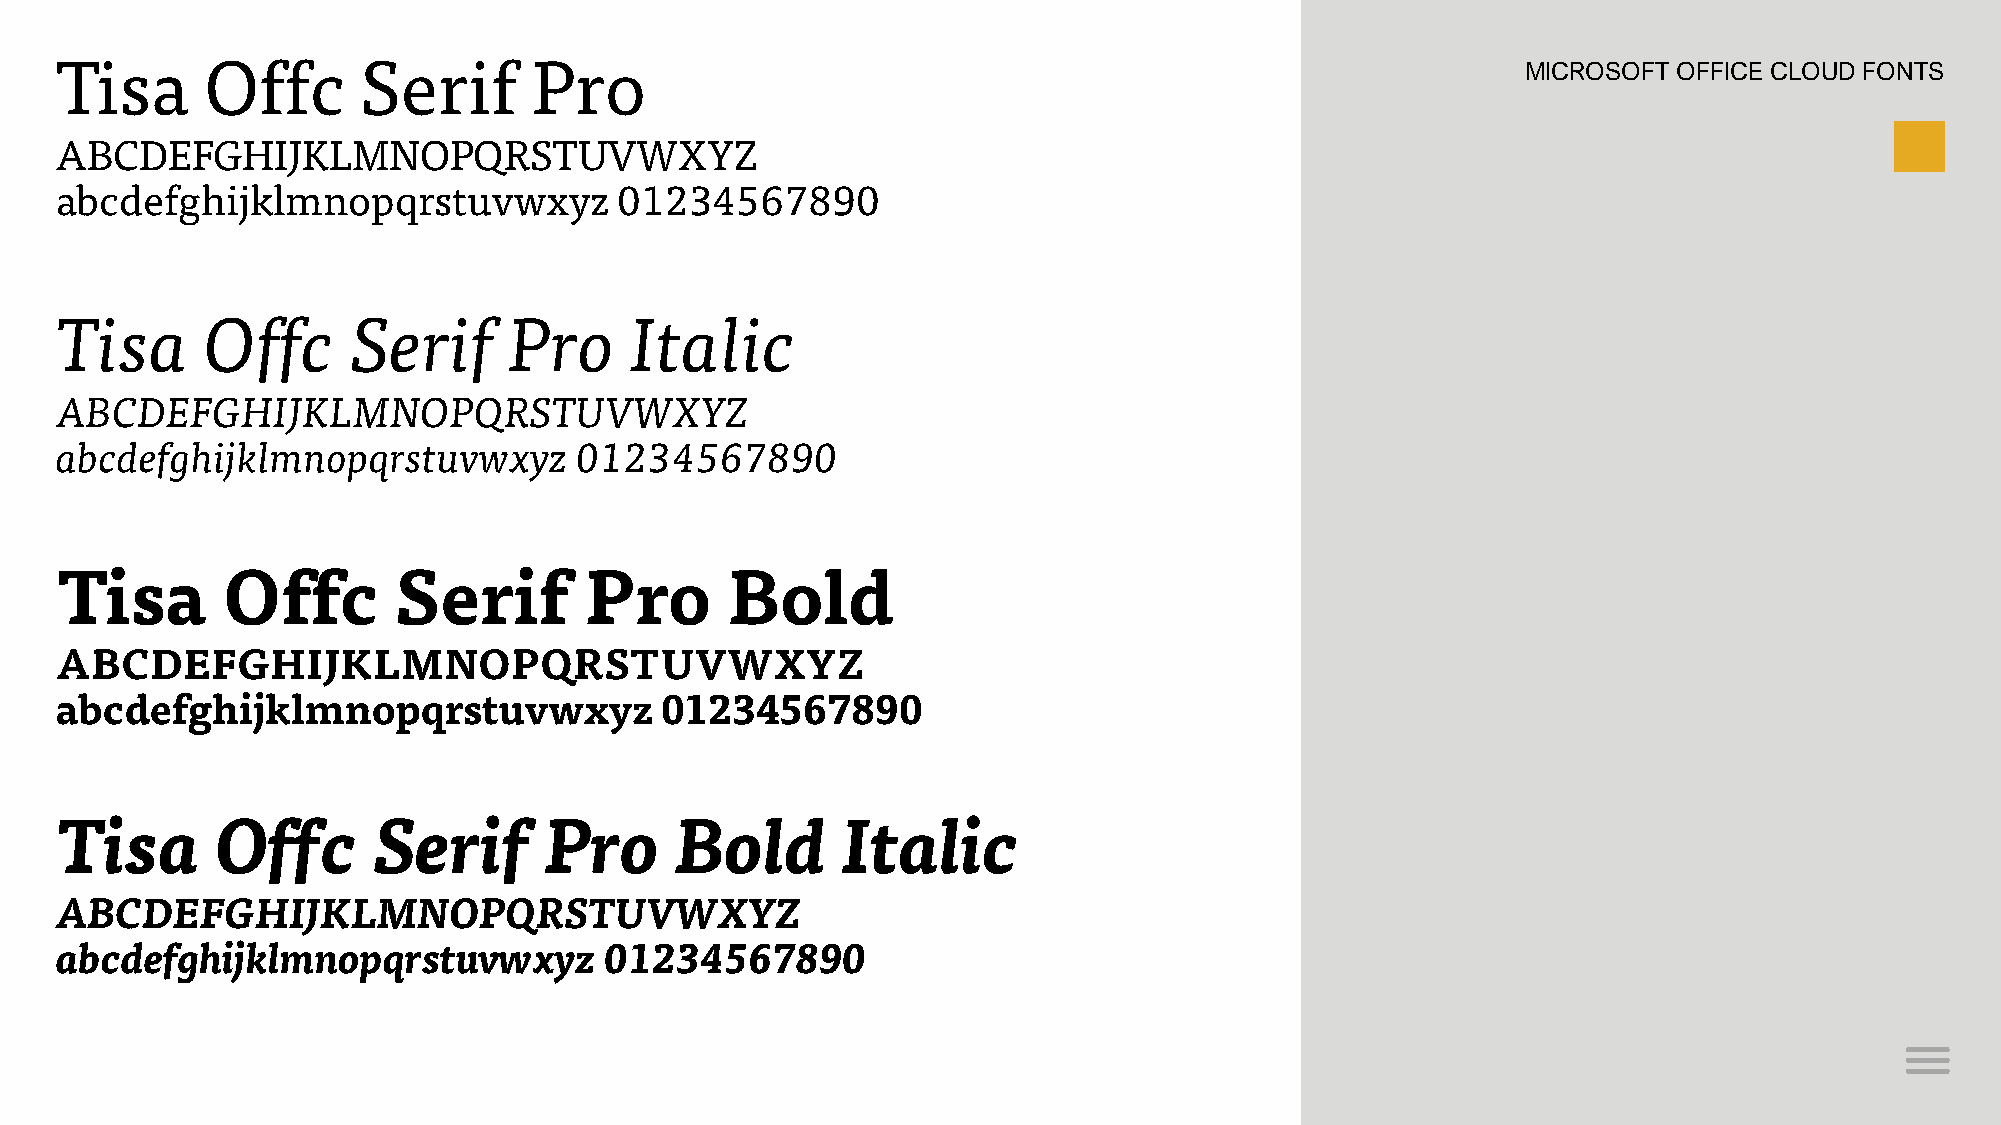
Tisa      Offc      Serif      Pro                                                               MICROSOFT OFFICE CLOUD FONTS
 ABCDEFGHIJKLMNOPQRSTUVWXYZ
 abcdefghijklmnopqrstuvwxyz           01234567890
 Tisa     Offc      Serif      Pro     Italic
 ABCDEFGHIJKLMNOPQRSTUVWXYZ
 abcdefghijklmnopqrstuvwxyz        01234567890
 Tisa       Offc       Serif        Pro      Bold
 ABCDEFGHIJKLMNOPQRSTUVWXYZ
 abcdefghijklmnopqrstuvwxyz              01234567890
 Tisa      Offc       Serif      Pro      Bold       Italic
 ABCDEFGHIJKLMNOPQRSTUVWXYZ
 abcdefghijklmnopqrstuvwxyz          01234567890